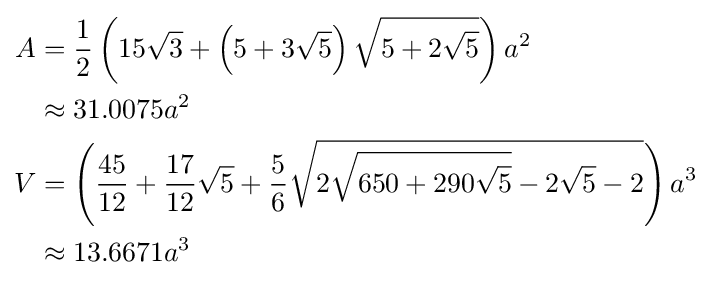
{\begin{aligned}A&={\frac {1}{2}}\left(15{\sqrt {3}}+\left(5+3{\sqrt {5}}\right){\sqrt {5+2{\sqrt {5}}}}\right)a^{2}\\&\approx 31.0075a^{2}\\V&=\left({\frac {45}{12}}+{\frac {17}{12}}{\sqrt {5}}+{\frac {5}{6}}{\sqrt {2{\sqrt {650+290{\sqrt {5}}}}-2{\sqrt {5}}-2}}\right)a^{3}\\&\approx 13.6671a^{3}\end{aligned}}